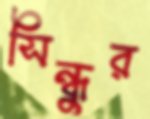
সিন্ধুর